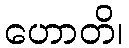
ဟောတိ၊